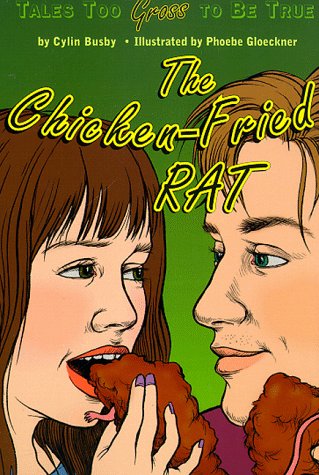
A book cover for The Chicken-Fried Rat: Tales Too Gross to Be True (Harper Trophy); Cylin Busby; Humor & Entertainment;